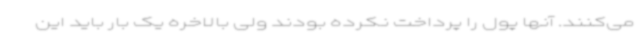
می‌کنند. آنها پول را پرداخت نکرده بودند ولی بالاخره یک‌ بار باید این